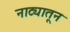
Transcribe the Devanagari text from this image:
नाट्यातून